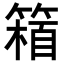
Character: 𥲴